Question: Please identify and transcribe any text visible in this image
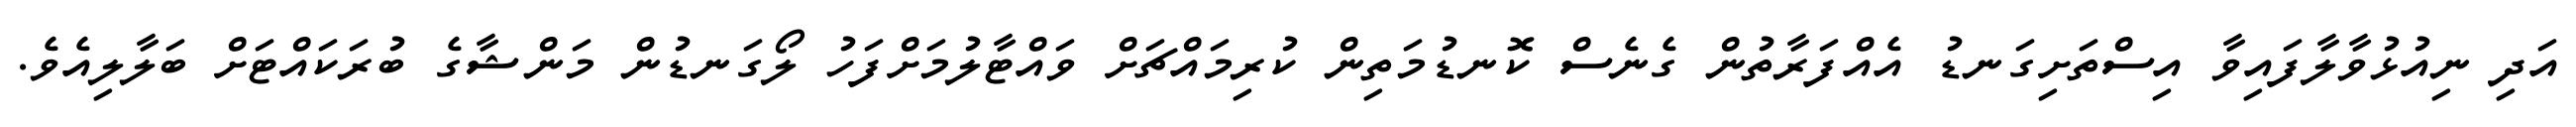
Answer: އަދި ނިއުޅުވާލާފައިވާ އިސްތަށިގަނޑު އެއްފަރާތުން ގެނެސް ކޮނޑުމަތިން ކުރިމައްޗަށް ވައްޓާލުމަށްފަހު ލޯގަނޑުން މަންޝާގެ ބުރަކައްޓަށް ބަލާލިއެވެ.